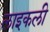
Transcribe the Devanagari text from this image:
लाइकली